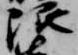
限